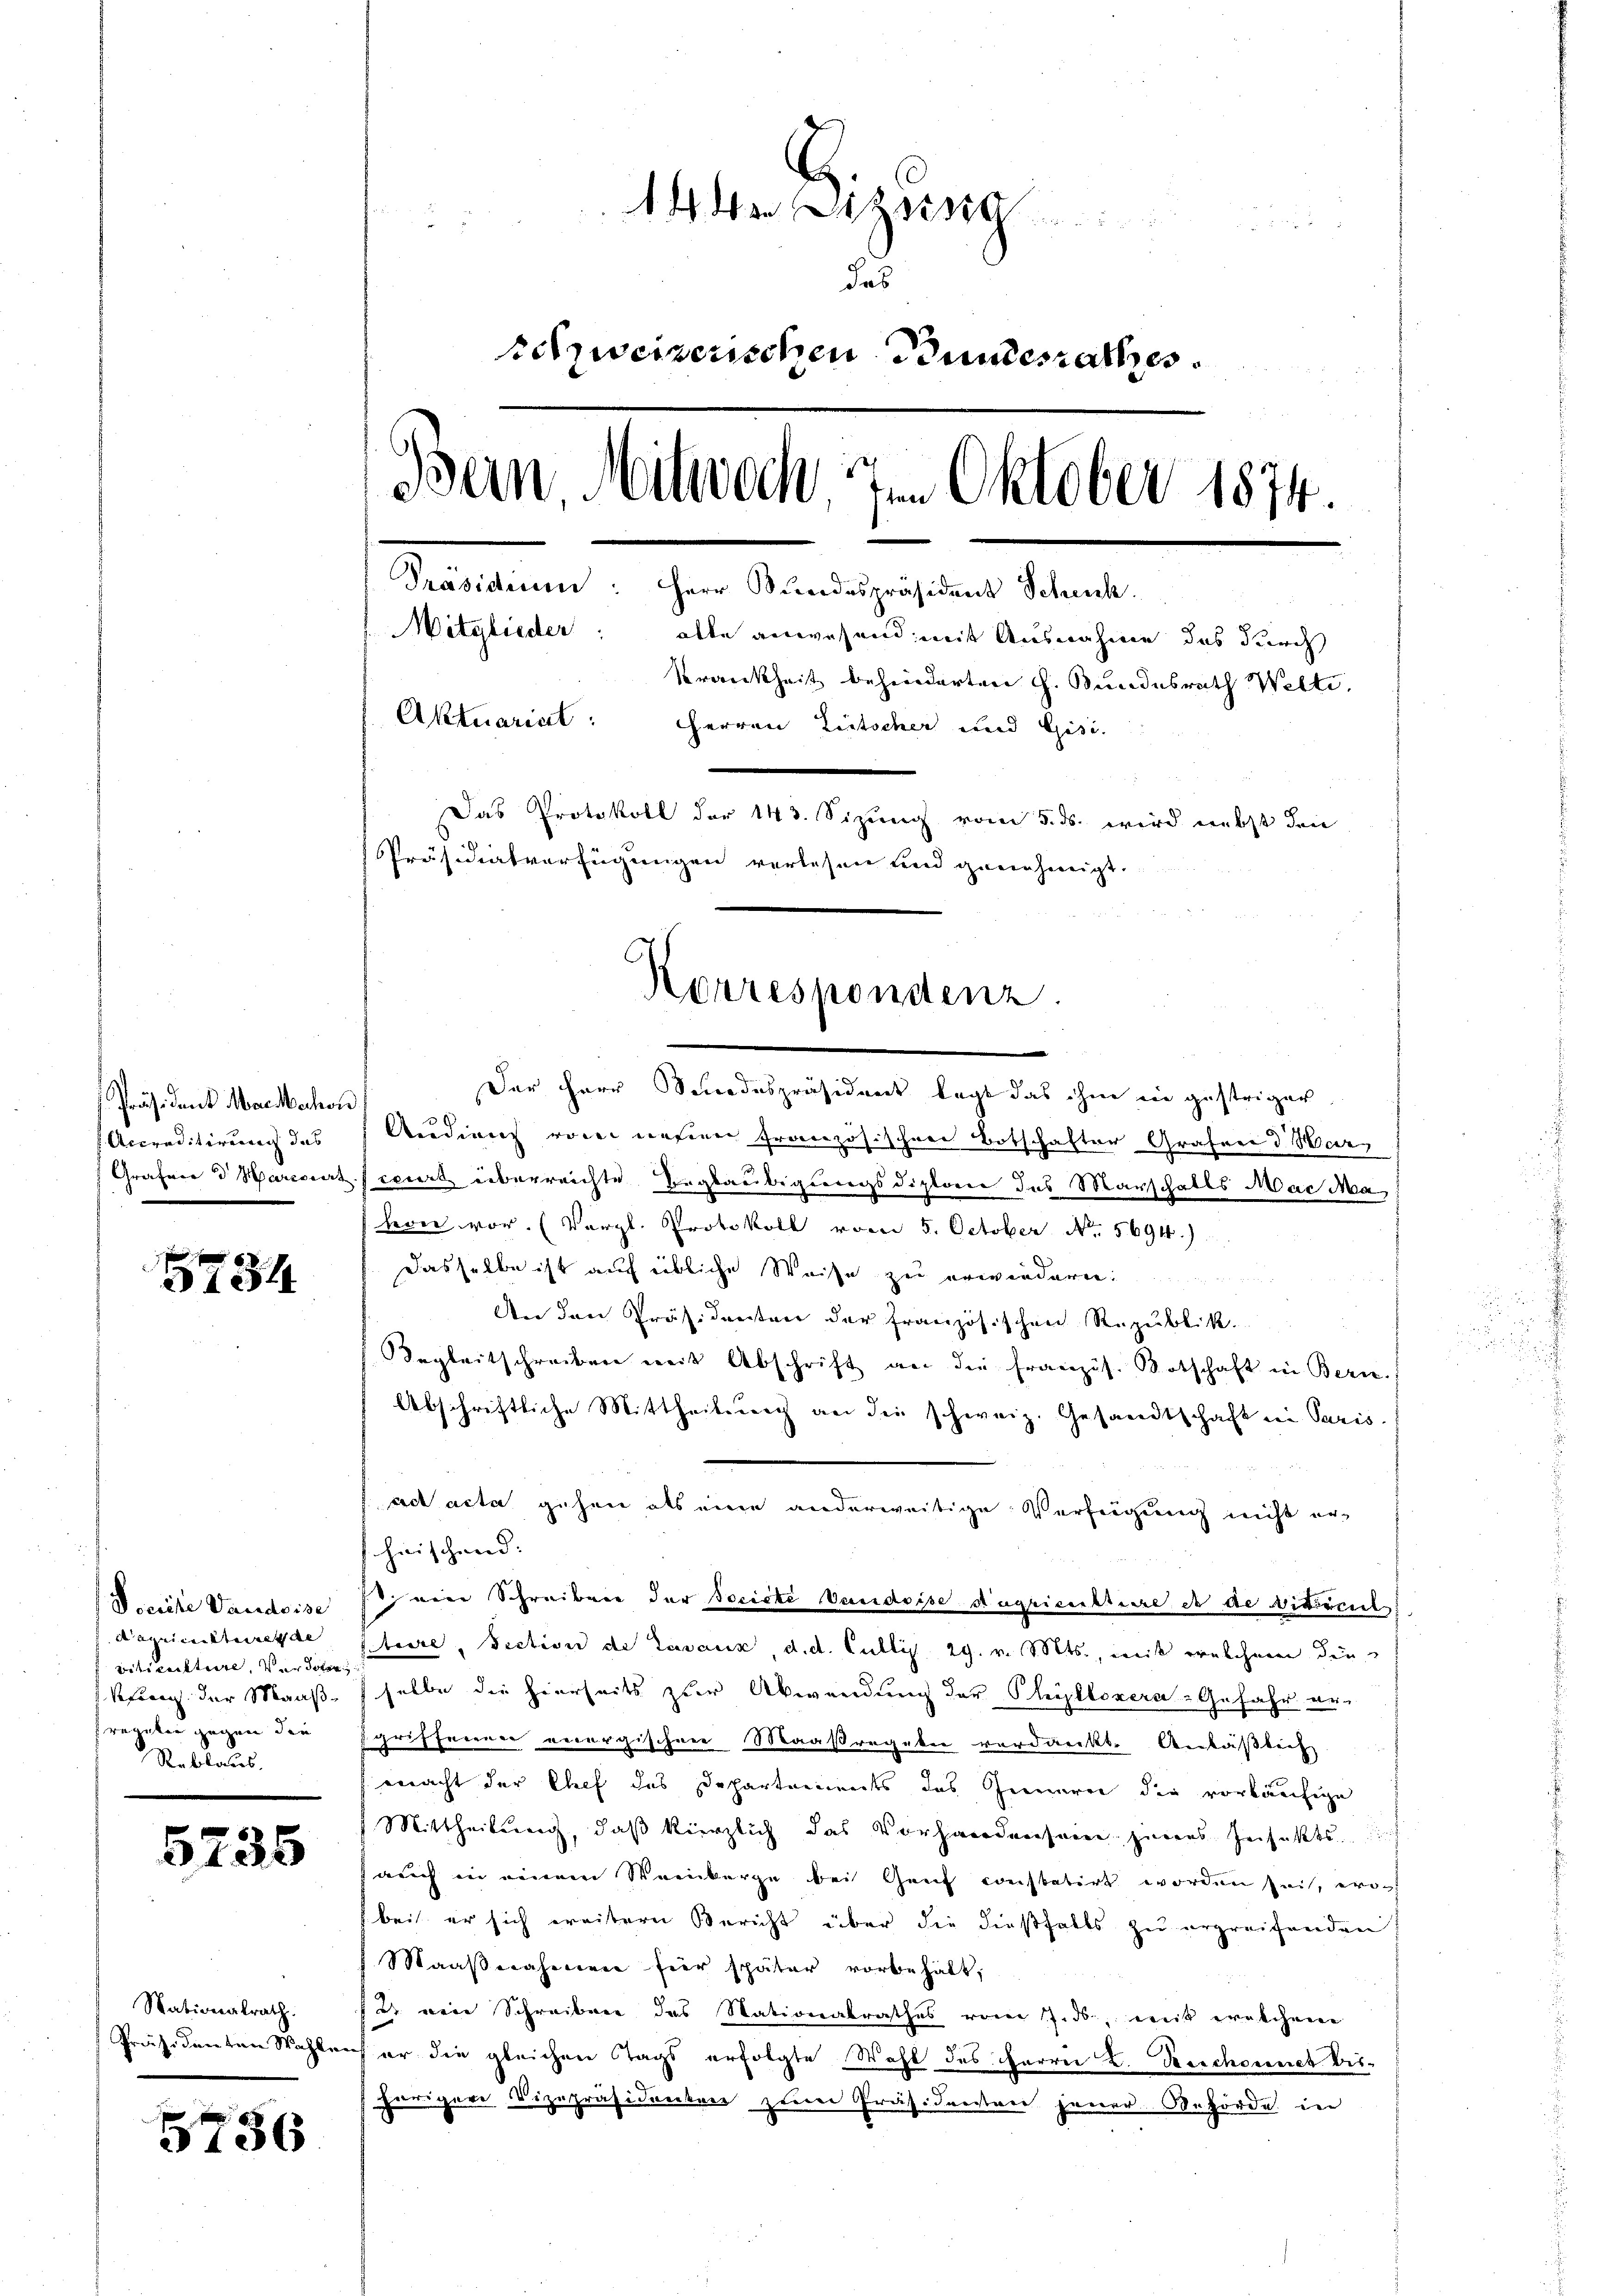
Präsident Mai Marchor
Accreditirung das
Grafen d. Marisiert

5734

S reiche Vaudoise
Bageimistiret de
viticulture, verdoter
kfung der Maaßfreunken gegen den
Reblaues,

5236

Nationalrath.
Präsidenten Wahlen

336

14 dess

i
das
schweizerischen Bundesrathes
Bein Mitwoch. Im Oktober 1874
Präsiden: Herr Bundespräsident Schick.
Mitglieder: alle anwesend mit Ausnahme das durch
Krankheit behinderten H. Bundesrath Welti.
Aktuarist: Herren Litscher und Gisi
Das Protokoll der 143. Sizung vom 5. ds. wird nebst den
Präsidialverfügungen verlesen und genehmigt.

Korrespondenz.

Der Herr Senodespräsident legt das ihne die gestriger,
Audiens von neuen französischen Botschafter Grafend War
derart überreichte Beglaubigungsdiplon des Marschalls Mac Ma
hern vor. (Vergl. Protokoll vom 5. October No. 5694.)
Dasselbe ist auf übliche Weise zu erwiedern
An den Präsidenten der französischen Republik.
Begleitschreiben mit Abschrift an die französ. Botschaft in Bern.
Abschriftliche Mittheilsrech an die schweiz. Gesandtschaft in Paris
ad acta gehen als eine anderweitige Verfügung nicht er-
schnischend:
rien Schreiben der Societe Vaudoise Augricultiere et de Vitriciel
stiere, Section de Lavaux d. d. Culli 29. v. Mts., weit welchenen die
selbe die hierseits zur Abwendung der Phyllozera-Gefahr er-
griffenen energischen Maaßregeben verdankt. Anlaßbeil
macht der Chef des Departements das Generer die vorläufige
7 Mittheilung, daß kürzlich das Vorhandwehrere zuers Zerfakts di
auch in einem Weinberge bei Genf constatirt worden sei, wobei er sich weitern Bericht über die dießfalls zu ergreifenden
Maaßnahmen hier später vorbehält,
u rein Schreiben das Nationalrathes vom 7. ds., mit erakchen
er die gleichen Tags erfolgte Wahl des Harrer L. Beschonnet bisüriger Vizepräsidenten zum Präsidenten jener Beförde in